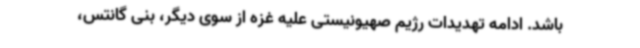
باشد. ادامه تهدیدات رژیم صهیونیستی علیه غزه از سوی دیگر، بنی گانتس،